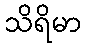
သိရိမာ